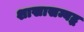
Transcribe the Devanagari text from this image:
शाखासम्बद्ध